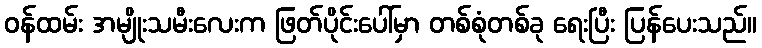
ဝန်ထမ်း အမျိုးသမီးလေးက ဖြတ်ပိုင်းပေါ်မှာ တစ်စုံတစ်ခု ရေးပြီး ပြန်ပေးသည်။